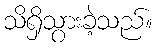
သိရှိသွားခဲ့သည်။